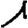
Digit: 1